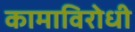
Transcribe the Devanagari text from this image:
कामाविरोधी